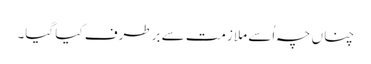
چناں چہ اُسے ملازمت سے برطرف کیا گیا۔